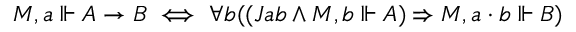
M , a \Vdash A \to B \iff \forall b ( ( J a b \land M , b \Vdash A ) \Rightarrow M , a \cdot b \Vdash B )